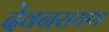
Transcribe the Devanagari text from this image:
देवनरायण